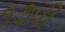
૧૭વી